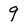
Character: 9